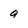
Character: g